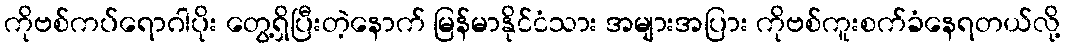
ကိုဗစ်ကပ်ရောဂါပိုး တွေ့ရှိပြီးတဲ့နောက် မြန်မာနိုင်ငံသား အများအပြား ကိုဗစ်ကူးစက်ခံနေရတယ်လို့